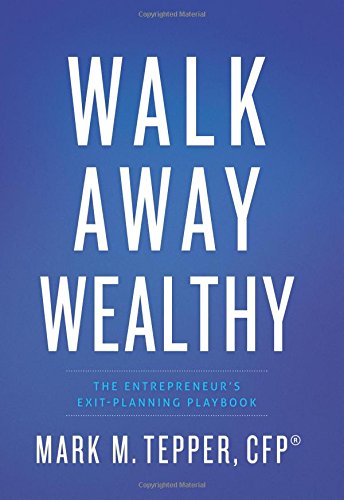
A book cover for Walk Away Wealthy: The Entrepreneur's Exit-Planning Playbook; Mark Tepper; Business & Money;